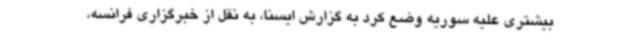
بیشتری علیه سوریه وضع کرد به گزارش ایسنا، به نقل از خبرگزاری فرانسه،